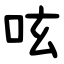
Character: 呟